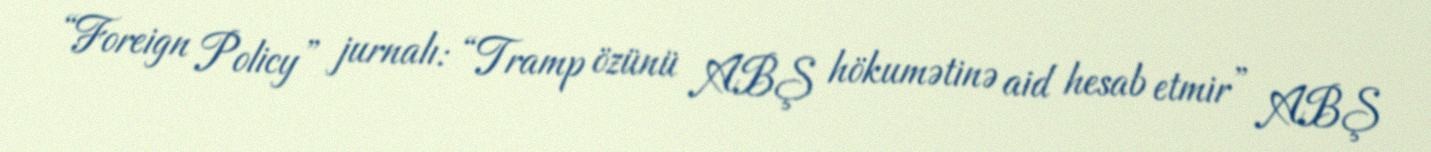
“Foreign Policy” jurnalı: “Tramp özünü ABŞ hökumətinə aid hesab etmir” ABŞ